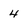
Character: 4